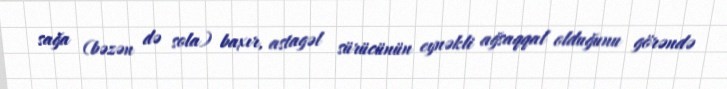
sağa (bəzən də sola) baxır, astagəl sürücünün eynəkli ağsaqqal olduğunu görəndə